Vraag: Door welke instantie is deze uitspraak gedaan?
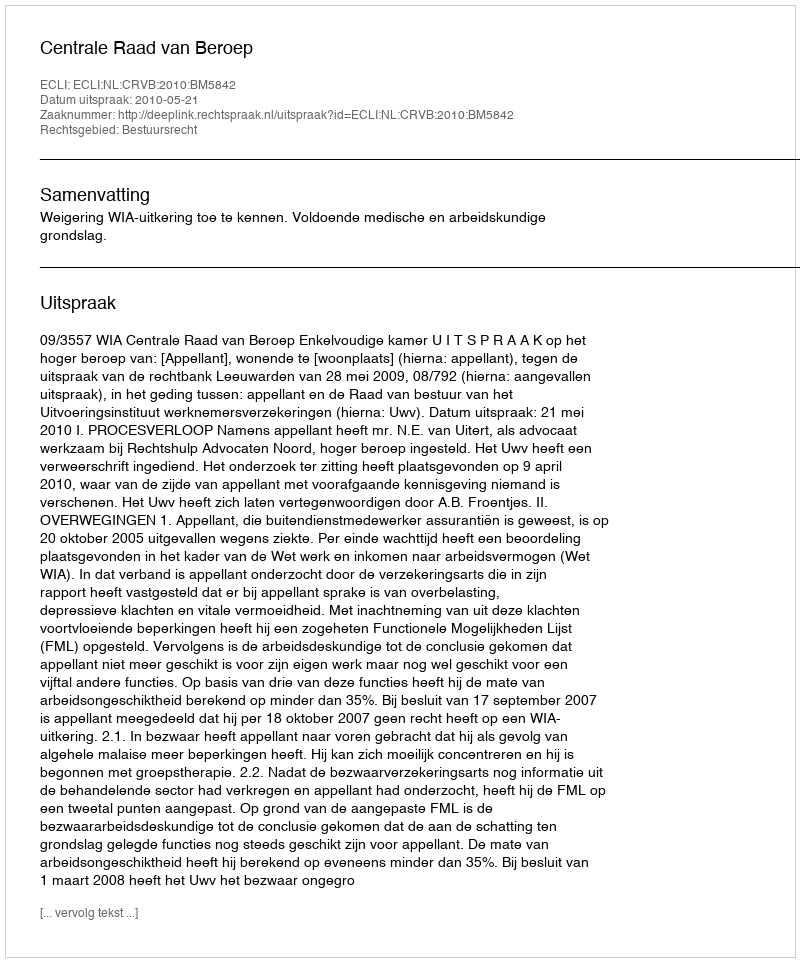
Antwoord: Centrale Raad van Beroep